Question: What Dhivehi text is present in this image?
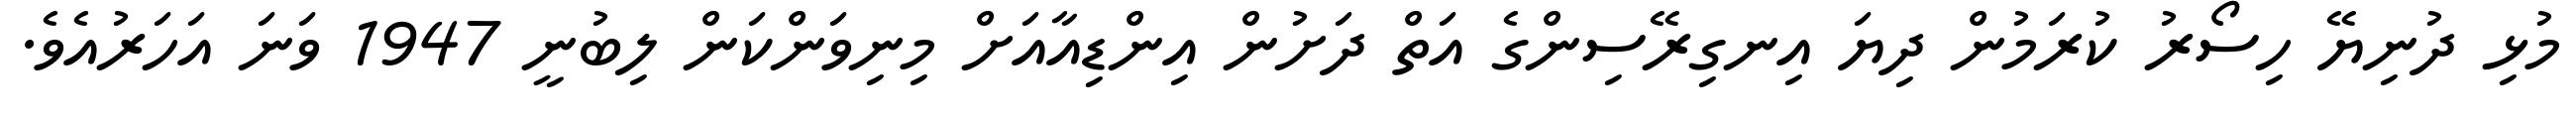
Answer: މުޅި ދުނިޔޭ ހިސޯރު ކުރަމުން ދިޔަ އިނގިރޭސިންގެ އަތް ދަށުން އިންޑިއާއަށް މިނިވަންކަން ލިބުނީ 1947 ވަނަ އަހަރުއެވެ.